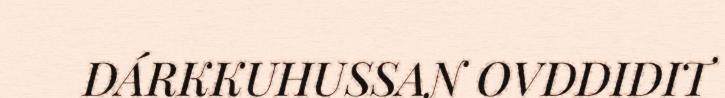
DÁRKKUHUSSAN OVDDIDIT